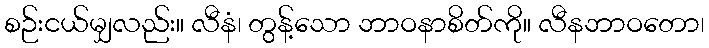
စဉ်းငယ်မျှလည်း။ လီနံ၊ တွန့်သော ဘာဝနာစိတ်ကို။ လီနဘာဝတော၊